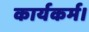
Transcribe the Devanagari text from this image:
कार्यकर्म।